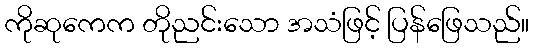
ကိုဆုကေက တိုညင်းသော အသံဖြင့် ပြန်ဖြေသည်။